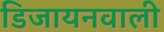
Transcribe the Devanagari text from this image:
डिजायनवाली